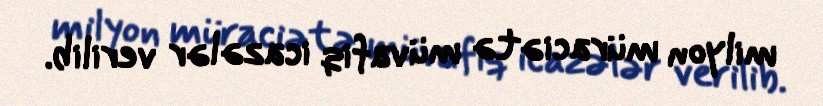
milyon müraciətə müvafiq icazələr verilib.